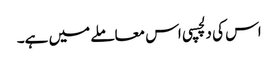
اس کی دلچسپی اس معاملے میں ہے۔